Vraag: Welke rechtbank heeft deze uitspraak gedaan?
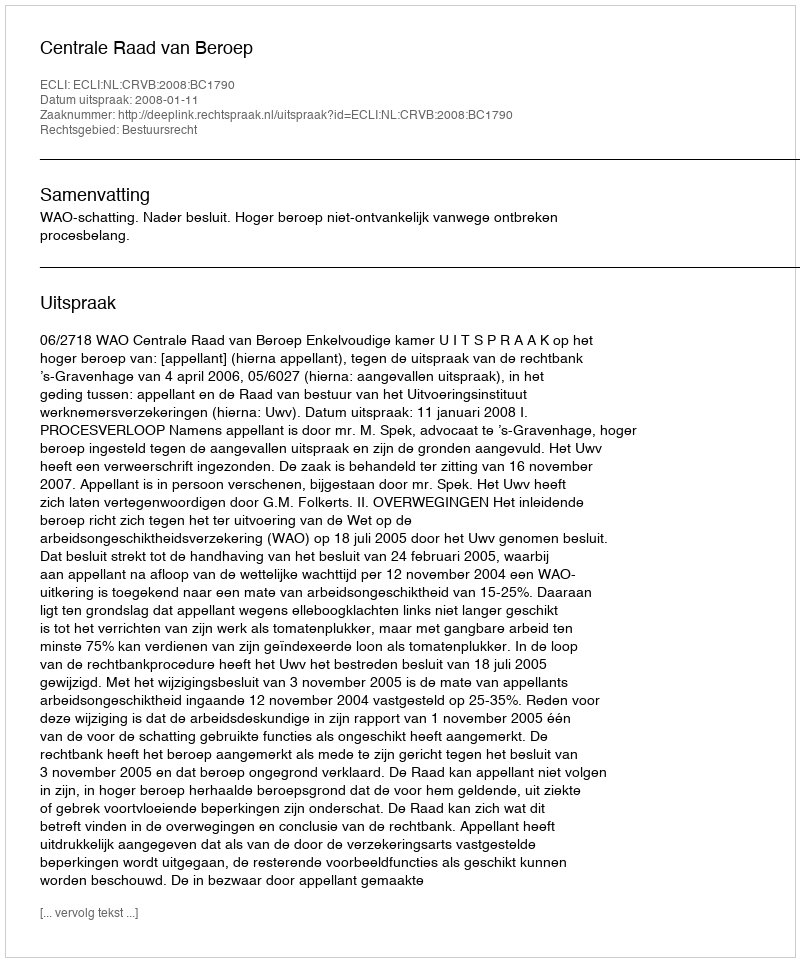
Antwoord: Centrale Raad van Beroep